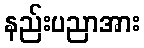
နည်းပညာအား